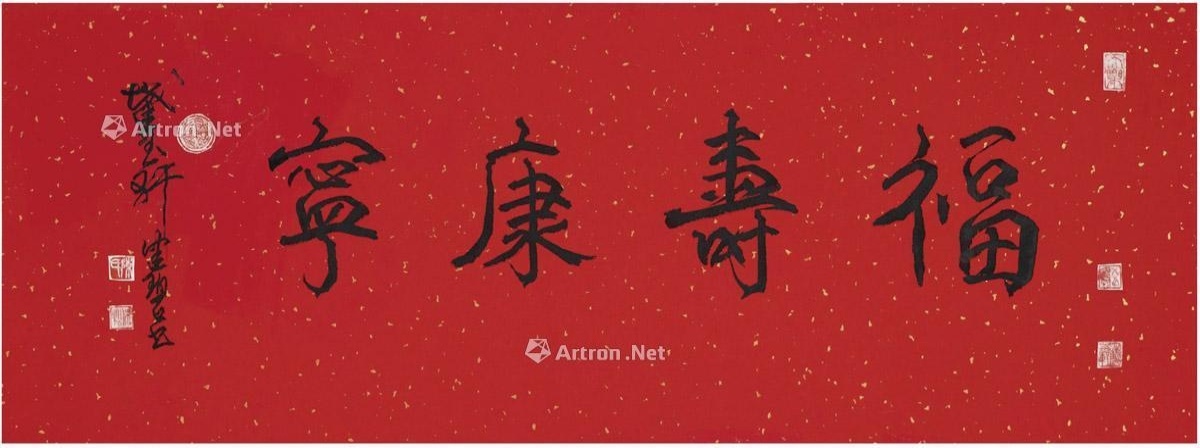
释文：福寿康宁。截玉轩健碧书。